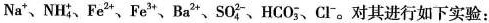
Na^{+}、NH_{4}^{+}、Fe^{2+}、Fe^{3+}、Ba^{2+}、SO_{4}^{2-+}、HCO_{3}^{-}、Cl^{-}。对其进行如下实验：